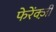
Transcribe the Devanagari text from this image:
फेरेंक्ज़ी